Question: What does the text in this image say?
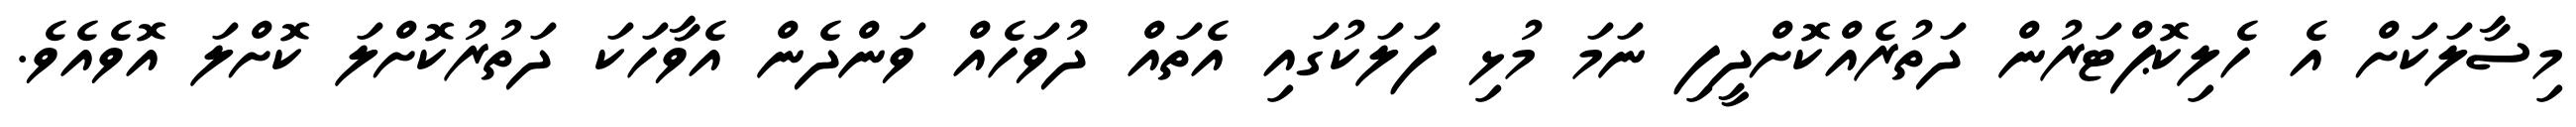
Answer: މިސާލަކަށް އެ ހެލިކޮޕްޓަރުން ދަތުރެއްކޮށްދީފި ނަމަ މުޅި ފަލަކުގައި އެތައް ދުވަހެއް ވަންދެން އެވާހަކަ ދަތުރުކޮށްލަ ކޮށްލަ އޮވެއެވެ.